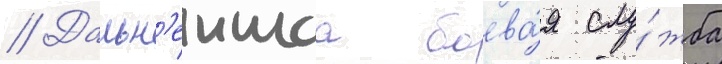
// Дальн'еишаа боева́я слу́жба